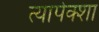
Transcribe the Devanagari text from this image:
त्यापेक्शा